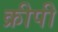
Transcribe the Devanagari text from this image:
क्रीपी